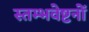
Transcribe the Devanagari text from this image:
स्तम्भवेष्टनों